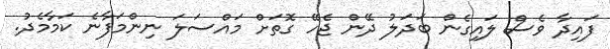
ފައިދާ ވެސް ލައިގެން ބަދަލު ދޭން ޖެހޭ ގޮތަށް މައްސަލަ ނިންމަފާނެ ކަމާމެދު.